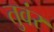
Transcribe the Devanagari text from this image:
तुवंर